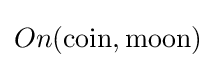
On({\text{coin}},{\text{moon}})